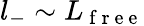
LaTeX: l_{-}\sim L_{\mathrm{~f~r~e~e~}}